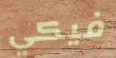
فيكي